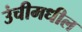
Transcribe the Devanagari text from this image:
उंचीमधील